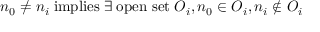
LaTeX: n _ { 0 } \neq n _ { i } \; \mathrm { i m p l i e s } \; \exists \; \mathrm { o p e n ~ s e t } \; O _ { i } , n _ { 0 } \in O _ { i } , n _ { i } \notin O _ { i }